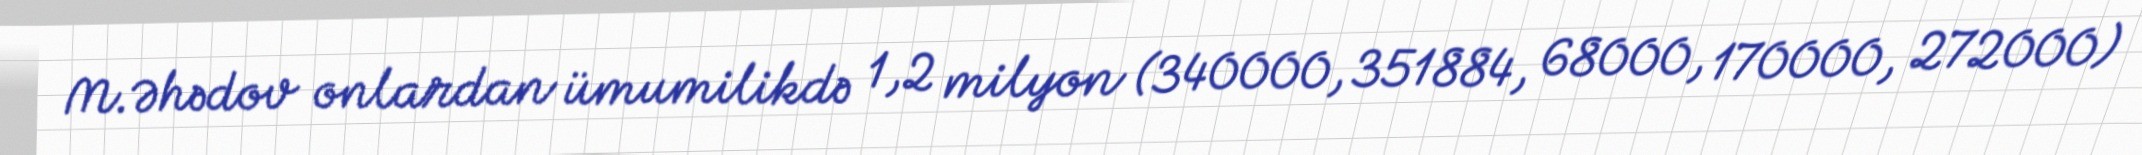
M.Əhədov onlardan ümumilikdə 1,2 milyon (340000, 351884, 68000, 170000, 272000)